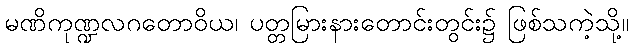
မဏိကုဏ္ဍလဂတောဝိယ၊ ပတ္တမြားနားတောင်းတွင်း၌ ဖြစ်သကဲ့သို့။